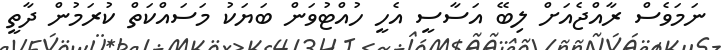
ނަމަވެސް ރާއްޖެއަށް ލިބޭ އަސާސީ އެހީ ހުއްޓުވަން ބަޔަކު މަސައްކަތް ކުރަމުން ދާތީ